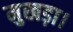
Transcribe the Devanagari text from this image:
मुखड़ा।